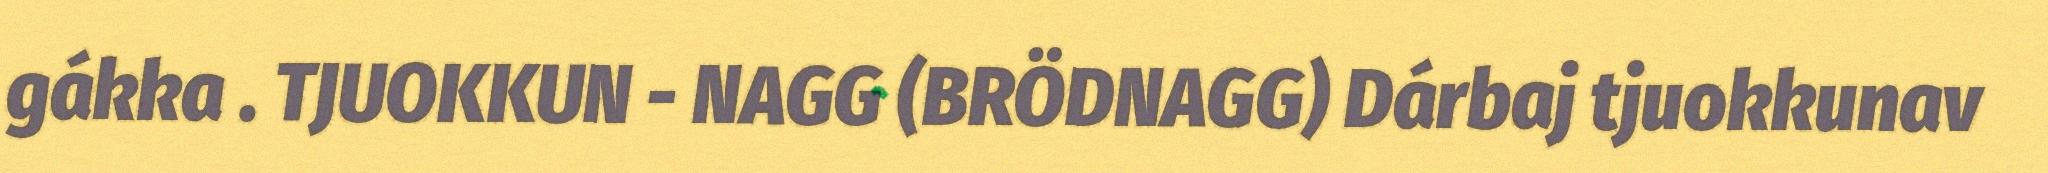
gákka . TJUOKKUN - NAGG (BRÖDNAGG) Dárbaj tjuokkunav